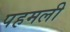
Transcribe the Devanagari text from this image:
पहमली